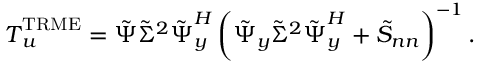
\boldsymbol { T } _ { \boldsymbol { u } } ^ { \mathrm { T R M E } } = \boldsymbol { \tilde { \Psi } } \boldsymbol { \tilde { \Sigma } ^ { 2 } } \boldsymbol { \tilde { \Psi } } _ { \boldsymbol { y } } ^ { H } \left( \boldsymbol { \tilde { \Psi } _ { y } } \boldsymbol { \tilde { \Sigma } ^ { 2 } } \boldsymbol { \tilde { \Psi } } _ { \boldsymbol { y } } ^ { H } + \boldsymbol { \tilde { S } _ { n n } } \right) ^ { - 1 } .